Insane asylums in Bengal annual reports 1867-1875 - 1867-1875
Year: 1867
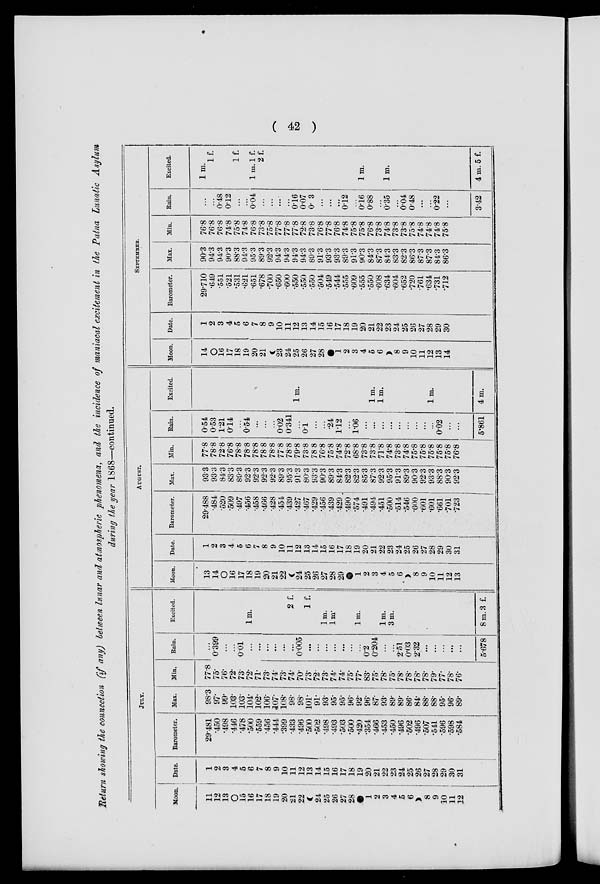
( 42 )
Return showing the connection (if any) between lunar and atmospheric phenomena, and the incidence of maniacal excitement in the Patna Lunatic Asylum
during the year 1868—continued.
JULY.
Moon.
11
12
13
O
15
16
17
18
19
20
21
22
24
25
26
27
28
1
2
3
4
5
6
8
9
10
11
12
Date.
1
2
3
4
5
6
7
8
9
10
11
12
13
14
15
16
17
18
19
20
21
22
23
24
25
26
27
28
29
30
31
Barometer.
29.481
.450
.498
.446
.478
.500
.559
.456
.444
.399
.433
.496
.500
.502
.498
.493
.503
.500
.420
.354
.466
.453
.450
.496
.502
.496
.507
.541
.596
.598
.584
Max.
98.3
97.
99.
103.
103.
104.
102.
106.
107.
108.
98.
98.
101.
91.
93.
95.
95.
96.
92.
96.
87.
93.
89.
89.
86.
84.
88.
88.
95.
96.
89.
Min.
77.8
75.
76.
72.
73.
72.
71.
73.
74.
73.
74.
70.
73.
72.
73.
74.
74.
75.
77.
83.
75.
78.
75.
78.
78.
78.
78.
79.
77.
78.
76.
Rain.
...
0.399
...
...
0.01
...
...
...
...
...
...
0.005
...
...
...
...
...
...
...
0.2
0.204
...
...
2.51
0.03
2.32
...
...
...
...
...
5.678
Excited.
1 m.
2 f.
1 f.
1 m.
1 m.
1 m.
1 m.
3 m.
8 m. 3 f.
AUGUST.
Moon.
13
14
O
16
17
18
19
20
21
22
24
25
26
27
28
29
1
2
3
4
5
6
8
9
10
11
12
13
Date.
1
2
3
4
5
6
7
8
9
10
11
12
13
14
15
16
17
18
19
20
21
22
23
24
25
26
27
28
29
30
31
Barometer.
29.488
.484
.520
.509
.497
.456
.458
.466
.428
.454
.439
.427
.467
.429
.456
.439
.429
.490
.574
.491
.494
.451
.500
.514
.546
.600
.601
.601
.661
.701
.723
Max.
93.3
93.3
84.3
83.3
89.3
92.3
92.3
92.3
92.3
89.3
95.3
91.3
80.3
93.3
90.3
89.3
84.3
82.3
82.3
85.3
87.3
92.3
95.3
91.3
89.3
90.3
92.3
93.3
88.3
90.3
92.3
Min.
77.8
78.8
72.8
76.8
78.8
78.8
78.8
78.8
78.8
77.8
78.8
79.8
73.8
78.8
76.8
75.8
74.8
72.8
68.8
73.8
73.8
71.8
74.8
73.8
74.8
75.8
75.8
75.8
75.8
75.8
76.8
Rain.
0.54
0.53
1.21
0.14
...
0.54
...
...
...
0.02
0.341
...
0.1
...
...
.24
1.12
...
1.06
...
...
...
...
...
...
...
...
...
0.02
...
...
5.861
Excited.
1 m.
1 m.
1 m.
1 m.
4
m.
SEPTEMBER.
Moon.
14
O
16
17
18
19
20
21
C
23
24
25
26
27
28
1
2
3
4
5
6
8
9
10
11
12
13
14
Date.
1
2
3
4
5
6
7
8
9
10
11
12
13
14
15
16
17
18
19
20
21
22
23
24
25
26
27
28
29
30
Barometer.
29.710
.649
.551
.521
.531
.621
.651
.678
.700
.650
.600
.550
.550
.550
.504
.549
.544
.555
.609
.555
.550
.608
.634
.604
.652
.720
.761
.634
.731
.712
Max.
90.3
94.3
94.3
90.3
88.3
94.3
95.3
89.3
92.3
94.3
94.3
94.3
94.3
89.3
91.3
93.3
93.3
89.3
91.3
90.3
84.3
87.3
84.3
83.3
82.3
86.3
87.3
87.3
84.3
86.3
Min.
76.8
76.8
76.8
74.8
75.8
74.8
76.8
73.8
75.8
77.8
77.8
77.8
72.8
73.8
76.8
77.8
76.8
74.8
75.8
75.8
76.8
73.8
74.8
73.8
73.8
75.8
74.8
74.8
74.8
75.8
Rain.
...
...
0.48
0.12
...
...
0.04
...
...
...
...
0.16
0.07
0. 3
...
...
...
0.12
..
0.16
0.88
...
0.35
...
0.04
0.48
...
...
0.22
...
3.42
Excited.
1 m.
1 f.
1 f.
1 m. 1 f.
2 f.
1 m.
1 m.
4 m. 5 f.